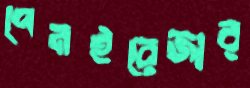
পেনইরেজার